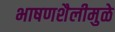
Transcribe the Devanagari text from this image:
भाषणशैलीमुळे